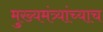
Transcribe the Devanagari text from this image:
मुख्यमंत्र्यांच्याच